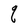
Character: q